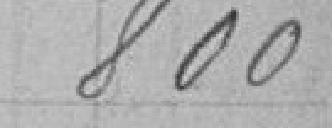
800